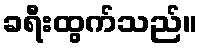
ခရီးထွက်သည်။